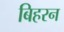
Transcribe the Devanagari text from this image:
बिहरन